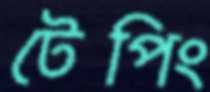
টেপিং